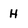
Character: H